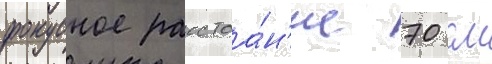
фокусное расстоа́н'ие 70 см